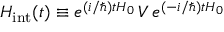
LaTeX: H _ { \mathrm { { i n t } } } ( t ) \equiv e ^ { { ( i / \hbar } ) t H _ { 0 } } \, V \, e ^ { { ( - i / \hbar } ) t H _ { 0 } }